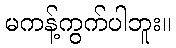
မကန့်ကွက်ပါဘူး။